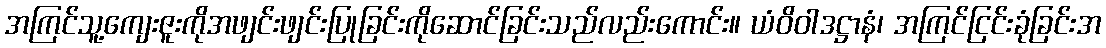
အကြင်သူ့ကျေးဇူးကိုအဖျင်းဖျင်းပြုခြင်းကိုဆောင်ခြင်းသည်လည်းကောင်း။ ယံဝိဝါဒဋ္ဌာနံ၊ အကြင်ငြင်းခုံခြင်းအ